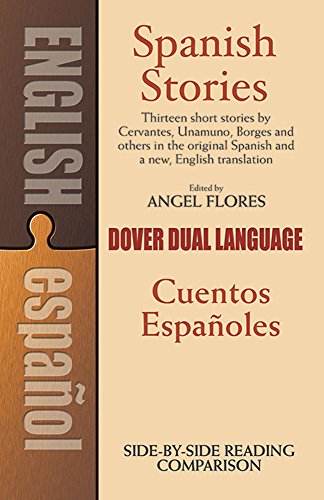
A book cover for Spanish Stories / Cuentos EspaÃ±oles (A Dual-Language Book) (English and Spanish Edition); Literature & Fiction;